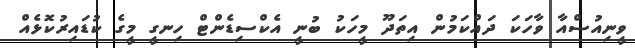
ވީނިއުސްއާ ވާހަކަ ދައްކަމުން އިތަދޫ މީހަކު ބުނީ އެކްސިޑެންޓް ހިނގީ މީގެ ކުޑައިރުކޮޅެއް